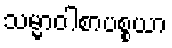
သမ္မာဝါစာပစ္စယာ